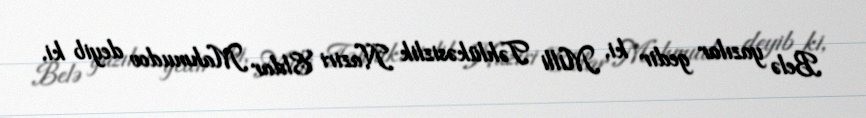
Belə yazılar gedir ki, Milli Təhlükəsizlik Naziri Eldar Mahmudov deyib ki,